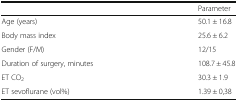
<table><thead><tr><td></td><td><b>Parameter</b></td></tr></thead><tbody><tr><td>Age (years)</td><td>50.1 ± 16.8</td></tr><tr><td>Body mass index</td><td>25.6 ± 6.2</td></tr><tr><td>Gender (F/M)</td><td>12/15</td></tr><tr><td>Duration of surgery, minutes</td><td>108.7 ± 45.8</td></tr><tr><td>ET CO<sub>2</sub></td><td>30.3 ± 1.9</td></tr><tr><td>ET sevoflurane (vol%)</td><td>1.39 ± 0,38</td></tr></tbody></table>